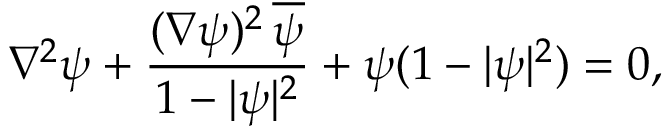
\nabla ^ { 2 } \psi + \frac { ( \nabla \psi ) ^ { 2 } \, { \overline { { \psi } } } } { 1 - | \psi | ^ { 2 } } + \psi ( 1 - | \psi | ^ { 2 } ) = 0 ,